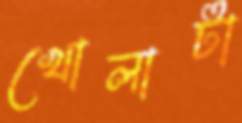
খোলাটা